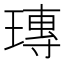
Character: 瑼